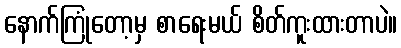
နောက်ကြုံတော့မှ စာရေးမယ် စိတ်ကူးထားတာပဲ။